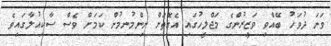
ވަނަ ދުވަހު ބޭއްވި ވަޒީރުންގެ މަޖްލީހުގައި އެގޮތަށް ނިންމުނމުން ކަމަށް ވެސް ސާކިއުލާގައިވެ